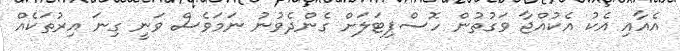
އެއާއި އެކު އެކުއްޖާ ވަގުތުން ހޮސްޕިޓަލަށް ގެންދެވުނު ނަމަވެސް ވަނީ ގިނަ އިރުތަކެއް